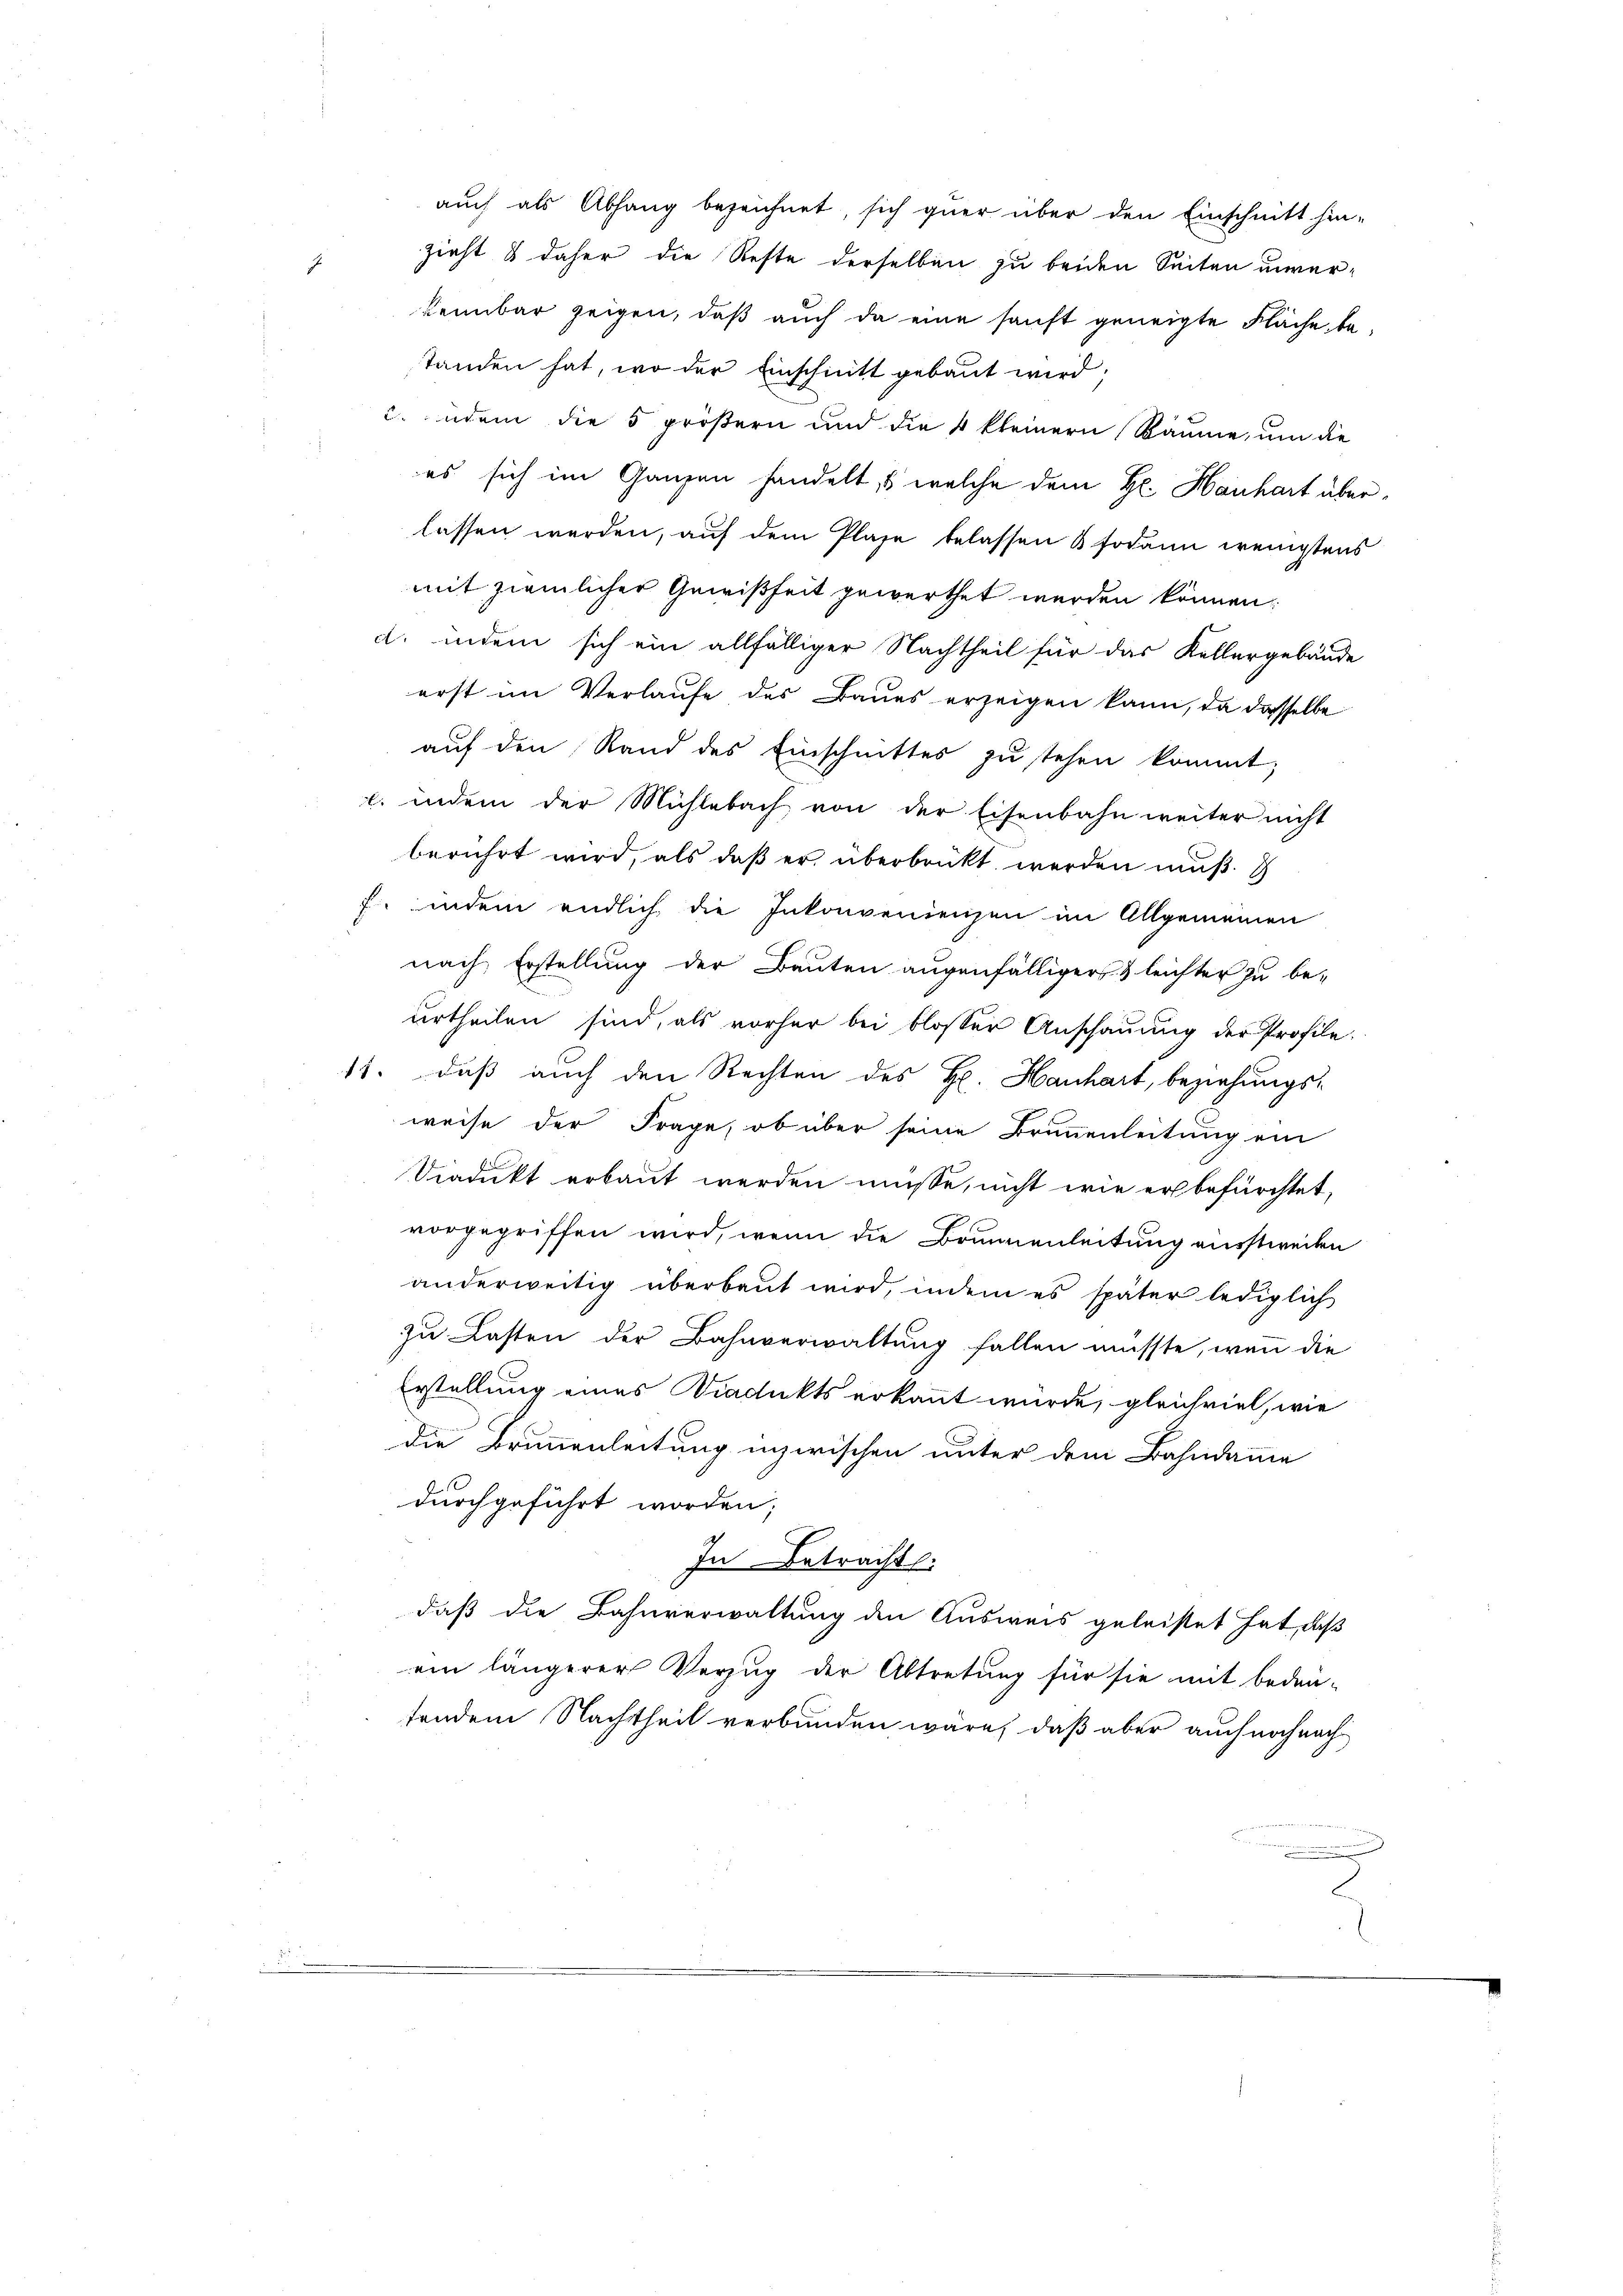
.

Zieht & daher die Reste derselben zu beiden Seiten unverkennbar zeigen, daß auch da eine sanft geneigte Fläche, bestanden hat, wo der Einschnitt gebaut wird;
u. jedem die 5 größern und die 4 kleinern Räume, um die
es sich im Ganzen handelt, welche dem Hr. Hanhart überlassen werden, auf dem Plase belassen & sodann wenigstens
mit ziemlicher Gewißheit gewerthet werden können
d. indem sich ein allfälliger Nachtheil für das Kellergebäude
erst im Verlaufe des Baues erzeigen kann, da dasselbe
auf den Rand des Einschnittes zu stehen kommt;
l. indem der Mühlebach von der Eisenbahn weiter nicht
berührt wird, als daß er überbrückt werden muß.
f. indem endlich die Inkonvenienzen im Allgemeinen
nach Erstellung der Bauten augenfälliger & leichter zu be-
urtheilen sind, als vorher bei blosser Anschaŭŭng der Profile-
11. daß auch den Rechten des H. Hanhart, beziehungs-
weise der Frage, ob über seine Brunnenleitung ein
Viadukt erbaut werden müsse, nicht wie er befürchtet,
vorgegriffen wird, wenn die Brunnenleitung ausstweilen
anderweitig überbaut wird, indem es später lediglich
zu Lasten der Bahnverwaltung fallen müsste, wenn die
Erstellung eines Dachkts erkannt würde, gleichviel, wie
die Brunnenleitung inzwischen unter dem Bahndamme
durchgeführt worden;
In Betracht.
daß die Bahnverwaltung den Ausweis geleistet hat, daß
ein längerer Verzug der Abtretung für sie mit bedeu-
tendem Nachtheil verbunden wäre, daß aber auch noch nach

auch als Abhang bezeichnet, sich quer über den Einschnitt hin-